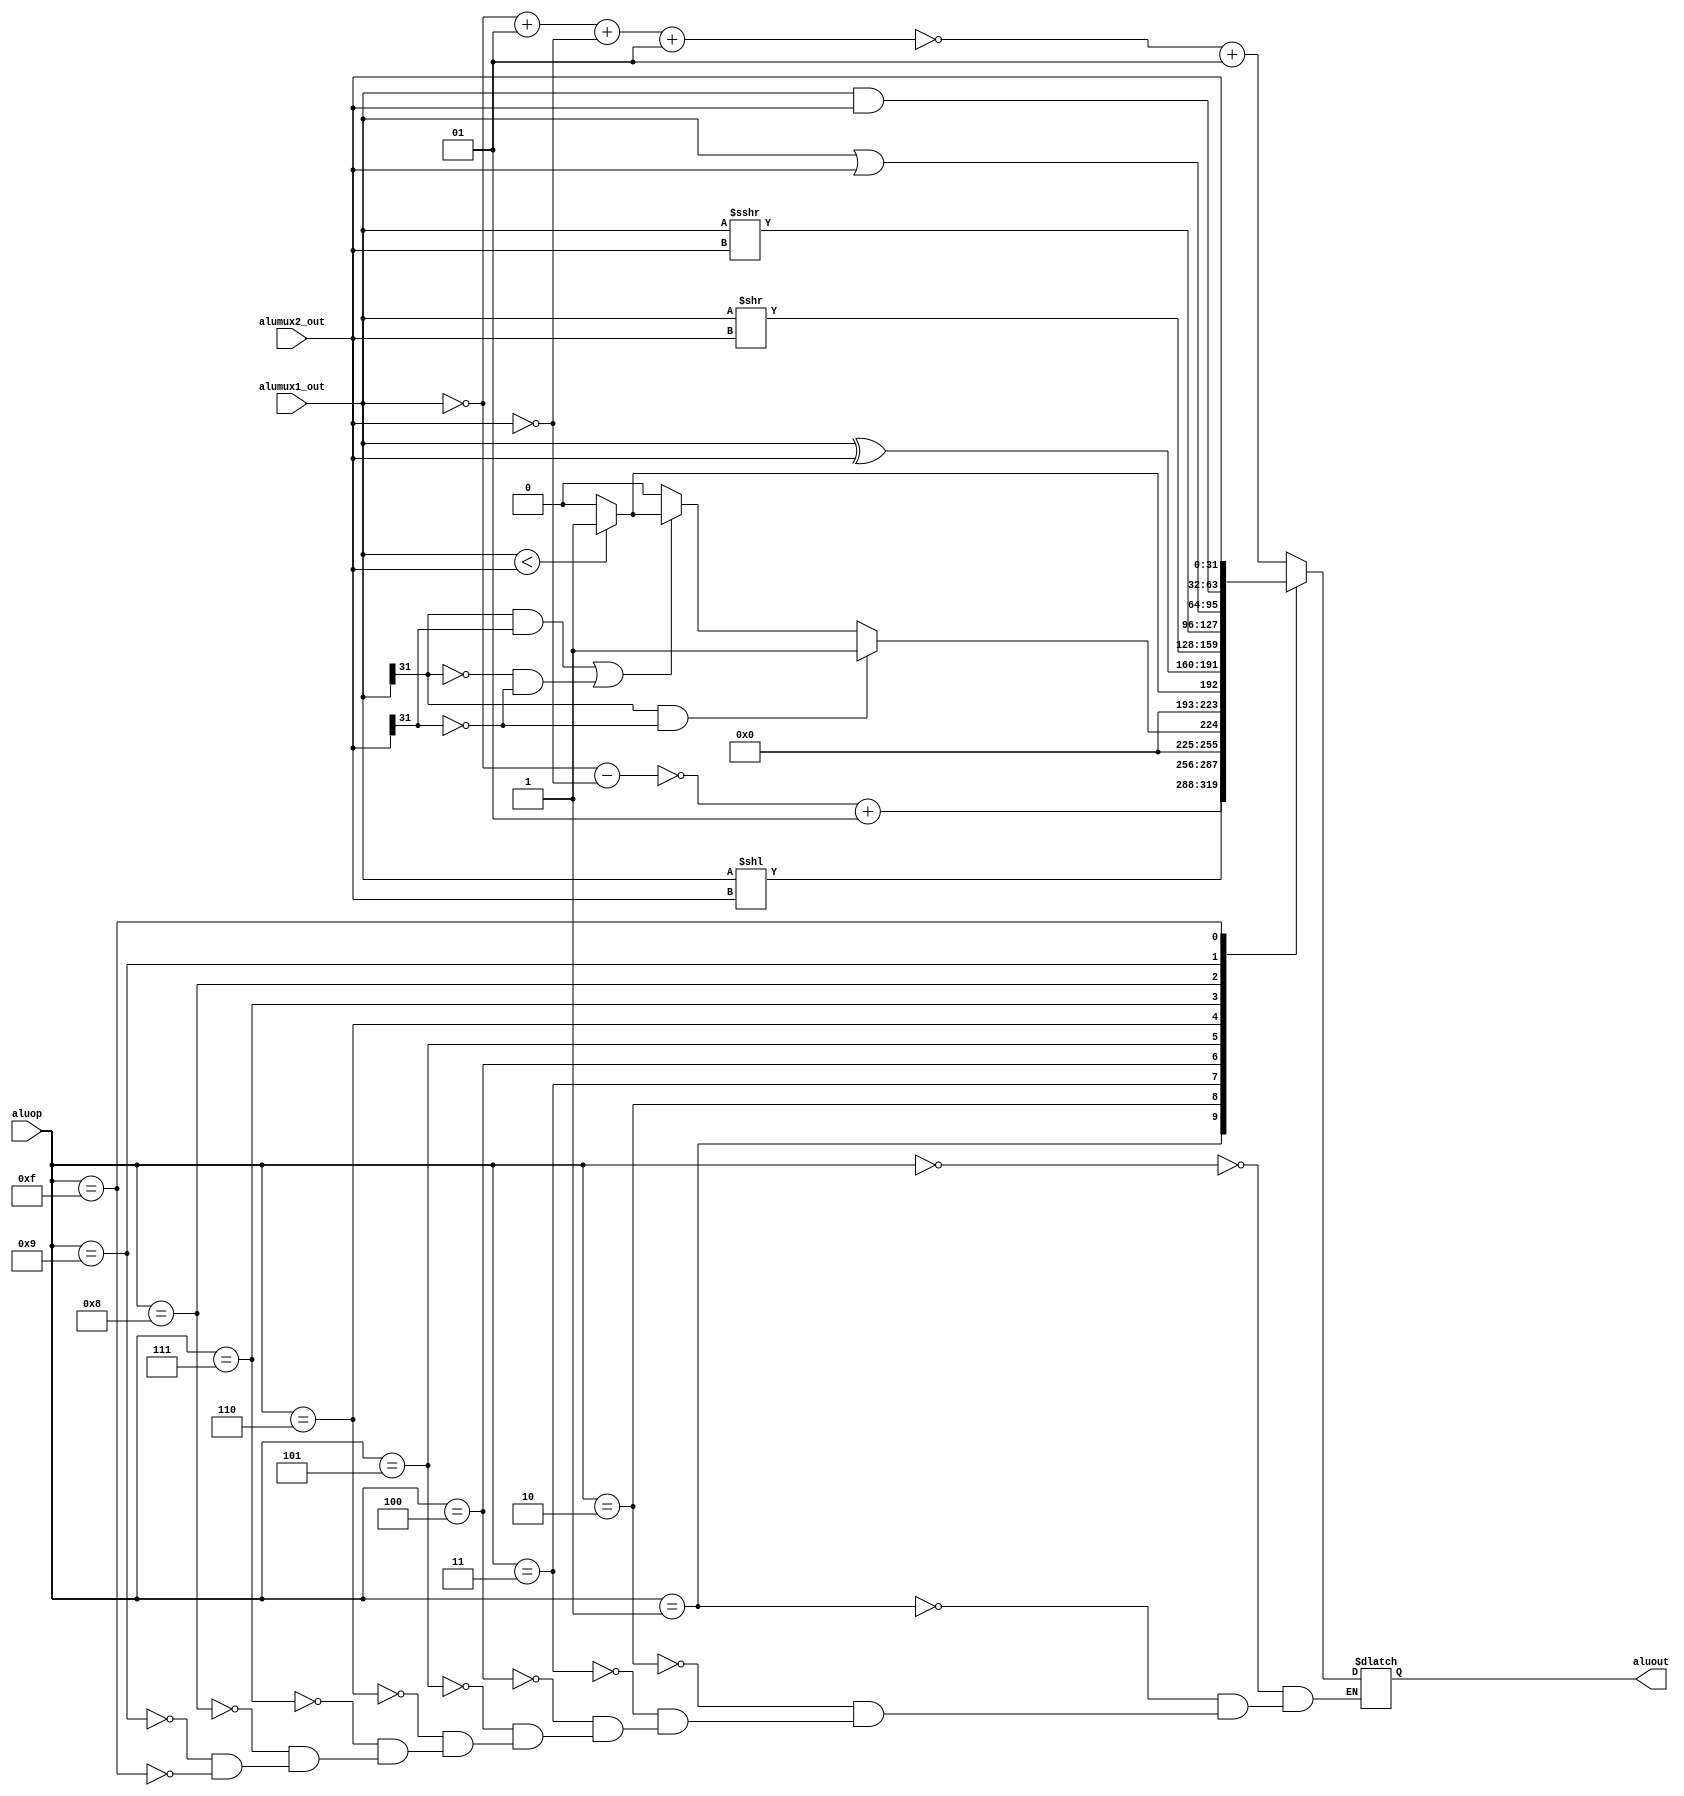
module alu(alumux1_out,alumux2_out,aluop,aluout);
input signed [31:0]alumux1_out,alumux2_out;
input [3:0]aluop;
output reg [31:0]aluout;
reg [31:0]a,b;
always@(aluop,alumux1_out,alumux2_out) begin
case(aluop)
 4'b0000: aluout = ~(~alumux1_out+1 + ~alumux2_out+1)+1;
 4'b0001: aluout = ~(~alumux1_out- ~alumux2_out)+1;
 4'b0010: aluout = alumux1_out<<alumux2_out;
 4'b0011: begin
	if(alumux1_out[31]==1 && alumux2_out[31]==0) aluout = 1;
	else if((alumux1_out[31]==1 && alumux2_out[31]==1)||(alumux1_out[31]==0 && alumux2_out[31]==0)) begin
	    if(alumux1_out<alumux2_out) aluout = 1;
		else aluout = 0;
	end
	else aluout = 0;
	end
 4'b0100: begin
	    if(alumux1_out<alumux2_out) aluout = 1;
		else aluout = 0;
	 end
 4'b0101: aluout = alumux1_out^alumux2_out;
 4'b0110: aluout = alumux1_out>>alumux2_out;
 4'b0111: aluout = alumux1_out>>>alumux2_out;
 4'b1000: aluout = alumux1_out|alumux2_out;
 4'b1001: aluout = alumux1_out&alumux2_out;
 4'b1111: aluout = alumux2_out;
 endcase
 end
 endmodule